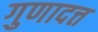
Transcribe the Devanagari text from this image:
गुणादत्त